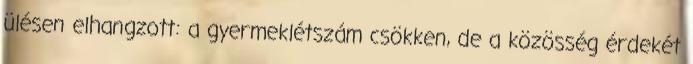
ülésen elhangzott: a gyermeklétszám csökken, de a közösség érdekét